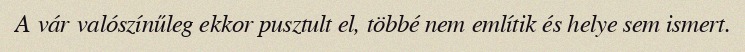
A vár valószínűleg ekkor pusztult el, többé nem említik és helye sem ismert.